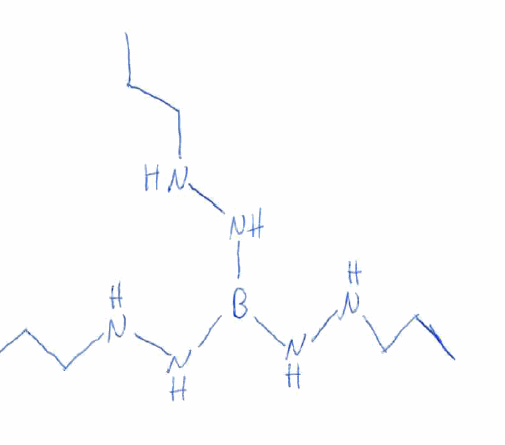
Simplified molecular-input line-entry system (SMILES) notation of the given molecule:
B(NNCCC)(NNCCC)NNCCC